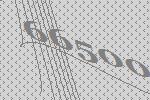
66500